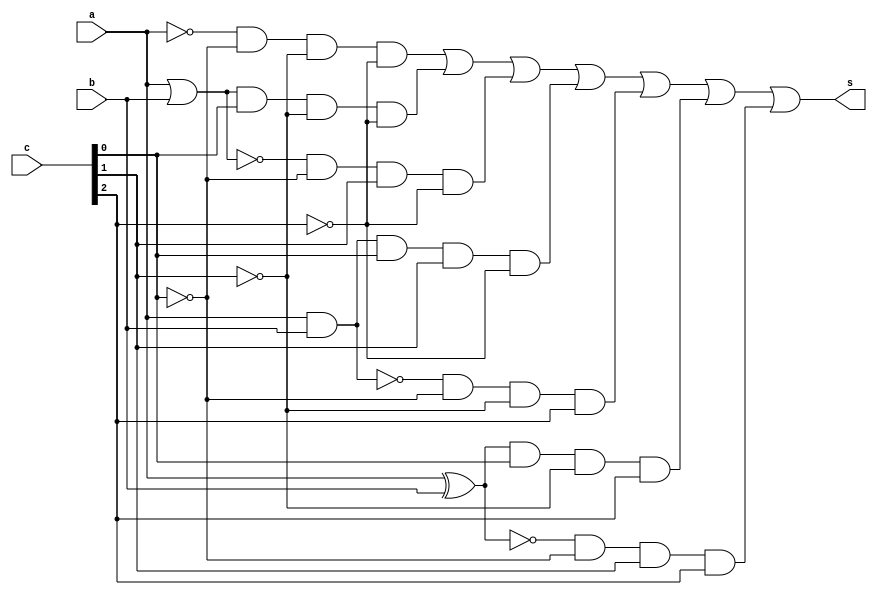
// ------------------------------------------------ 
// Exemplo0035 - F4
// Nome: Felipe Torres 
	
// ------------------------------------------------ 
// f4_gate 
// -------------------------------------------------- 
	
	module f4 (output s, input a, input b, input [2:0] c);

	wire s_and1;
	wire s_and2;
	wire s_and3;
	wire s_and4;
	wire s_and5;
	wire s_and6;
	wire s_and7;
	wire s_and8;
	wire s_xnor1;
	wire s_xor1;
	wire s_nor1;
	wire s_or1;
	wire s_nand1;
	
	//------------------------ declarando as variaveis -------------------------------
	
	not NOT1(s_not1, a);
	and AND2(s_and2, s_not1, ~c[0], ~c[1], ~c[2]);
	
	or OR1(s_or1, a, b);
	and AND3(s_and3, s_or1, c[0], ~c[1], ~c[2]);
		
	nor NOR1(s_nor1, a, b);
	and AND4(s_and4, s_nor1, ~c[0], c[1], ~c[2]);
	
	and AND1(s_and1, a, b);
	and AND5(s_and5, s_and1, c[0], c[1], ~c[2]);
	
	nand NAND1(s_nand1, a, b);
	and AND6(s_and6, s_nand1, ~c[0], ~c[1], c[2]);
	
	xor XOR1(s_xor1, a, b);
	and AND7(s_and7, s_xor1, c[0], ~c[1], c[2]);
		
 	xnor XNOR1(s_xnor1, a, b);
	and AND8(s_and8, s_xnor1, ~c[0], c[1], c[2]);
	
	or OR2(s, s_and2, s_and3, s_and4, s_and5, s_and6, s_and7, s_and8);
	
	endmodule // f4
	
	module test_f4;
	// ------------------------- definindo os dados ------------------------------
 	reg x; 
 	reg y; 
	reg [2:0] c;
	wire s; 
	 
	f4 modulo (s, x, y, c);
	
	// ------------------------- parte principal  --------------------------------
	initial begin 
	$display("Exemplo0035 - Felipe Torres - 412738"); 
	$display("Test LU's module"); 
		
   #1 x = 1; y = 1; c = 001;
	$monitor("Resultado chave = %3b\n x = %1b \t y = %1b \t Resultado -> %1b\n", c, x, y, s);
	#1 x = 0; y = 0; c = 001;
	#1 x = 1; y = 1; c = 010;
	
	
	end
	endmodule // test_f4